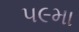
૫૯મા